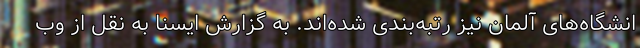
انشگاه‌های آلمان نیز رتبه‌بندی شده‌اند. به گزارش ایسنا به نقل از وب